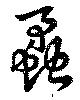
蟊